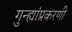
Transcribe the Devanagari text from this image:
गुन्ह्यांप्रकरणी